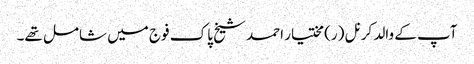
آپ کے والد کرنل (ر) مختیار احمد شیخ پاک فوج میں شامل تھے۔